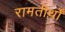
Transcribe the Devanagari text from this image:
रामतीर्थों